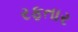
રફતાર